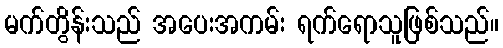
မက်တွိန်းသည် အပေးအကမ်း ရက်ရောသူဖြစ်သည်။